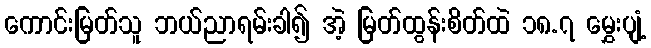
ကောင်းမြတ်သူ ဘယ်ညာရမ်းခါ၍ အဲ့ မြတ်ထွန်းစိတ်ထဲ ၁၈.၇ မွှေးပျံ့